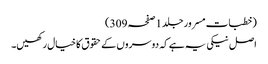
(خطبات مسرور جلد1صفحہ309)
اصل نیکی یہ ہے کہ دوسروں کے حقوق کا خیال رکھیں۔